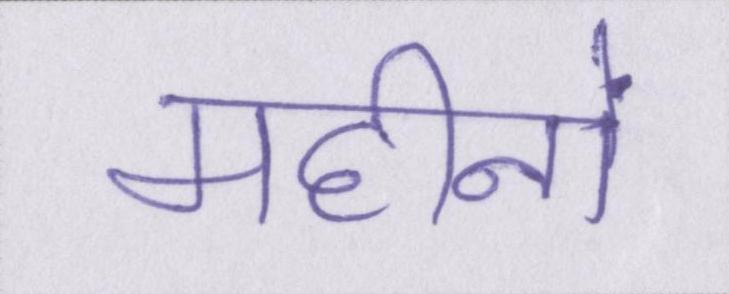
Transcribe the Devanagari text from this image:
महीनों